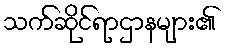
သက်ဆိုင်ရာဌာနများ၏